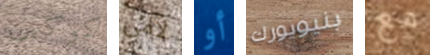
كوكس لأمى أو بنيويورك مع